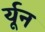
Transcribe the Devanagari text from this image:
र्यून